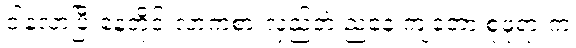
ငါနဲ့လာပြီးနေ့တိုင်းလာကစားလှည့်တဲ့ ညနေ ကျတော့ စုဖုရားက